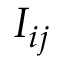
I _ { i j }